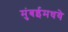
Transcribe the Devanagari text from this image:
मुंबईमधये